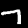
Label: 7